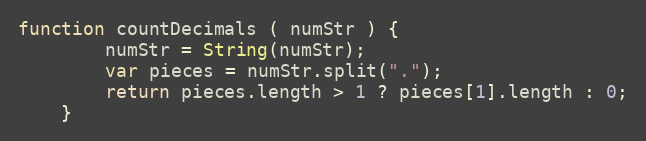
Language: JavaScript
function countDecimals ( numStr ) {
        numStr = String(numStr);
        var pieces = numStr.split(".");
        return pieces.length > 1 ? pieces[1].length : 0;
    }